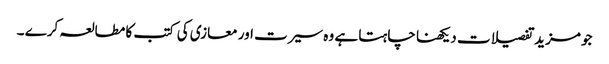
جو مزید تفصیلات دیکھنا چاہتا ہے وہ سیرت اور معازی کی کتب کا مطالعہ کرے ۔